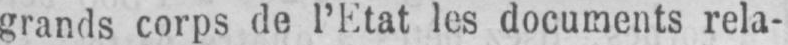
grands corps de l’Etat les documents rela-